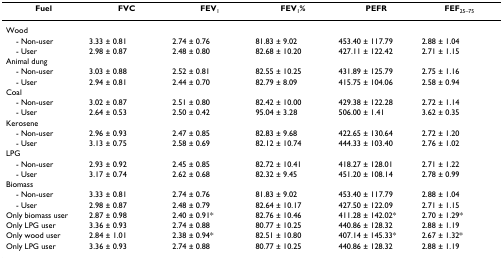
<table><thead><tr><td><b>Fuel</b></td><td><b>FVC</b></td><td><b>FEV<sub>1</sub></b></td><td><b>FEV<sub>1</sub>%</b></td><td><b>PEFR</b></td><td><b>FEF<sub>25–75</sub></b></td></tr></thead><tbody><tr><td>Wood</td><td></td><td></td><td></td><td></td><td></td></tr><tr><td> - Non-user</td><td>3.33 ± 0.81</td><td>2.74 ± 0.76</td><td>81.83 ± 9.02</td><td>453.40 ± 117.79</td><td>2.88 ± 1.04</td></tr><tr><td> - User</td><td>2.98 ± 0.87</td><td>2.48 ± 0.80</td><td>82.68 ± 10.20</td><td>427.11 ± 122.42</td><td>2.71 ± 1.15</td></tr><tr><td>Animal dung</td><td></td><td></td><td></td><td></td><td></td></tr><tr><td> - Non-user</td><td>3.03 ± 0.88</td><td>2.52 ± 0.81</td><td>82.55 ± 10.25</td><td>431.89 ± 125.79</td><td>2.75 ± 1.16</td></tr><tr><td> - User</td><td>2.94 ± 0.81</td><td>2.44 ± 0.70</td><td>82.79 ± 8.09</td><td>415.75 ± 104.06</td><td>2.58 ± 0.94</td></tr><tr><td>Coal</td><td></td><td></td><td></td><td></td><td></td></tr><tr><td> - Non-user</td><td>3.02 ± 0.87</td><td>2.51 ± 0.80</td><td>82.42 ± 10.00</td><td>429.38 ± 122.28</td><td>2.72 ± 1.14</td></tr><tr><td> - User</td><td>2.64 ± 0.53</td><td>2.50 ± 0.42</td><td>95.04 ± 3.28</td><td>506.00 ± 1.41</td><td>3.62 ± 0.35</td></tr><tr><td>Kerosene</td><td></td><td></td><td></td><td></td><td></td></tr><tr><td> - Non-user</td><td>2.96 ± 0.93</td><td>2.47 ± 0.85</td><td>82.83 ± 9.68</td><td>422.65 ± 130.64</td><td>2.72 ± 1.20</td></tr><tr><td> - User</td><td>3.13 ± 0.75</td><td>2.58 ± 0.69</td><td>82.12 ± 10.74</td><td>444.33 ± 103.40</td><td>2.76 ± 1.02</td></tr><tr><td>LPG</td><td></td><td></td><td></td><td></td><td></td></tr><tr><td> - Non-user</td><td>2.93 ± 0.92</td><td>2.45 ± 0.85</td><td>82.72 ± 10.41</td><td>418.27 ± 128.01</td><td>2.71 ± 1.22</td></tr><tr><td> - User</td><td>3.17 ± 0.74</td><td>2.62 ± 0.68</td><td>82.32 ± 9.45</td><td>451.20 ± 108.14</td><td>2.78 ± 0.99</td></tr><tr><td>Biomass</td><td></td><td></td><td></td><td></td><td></td></tr><tr><td> - Non-user</td><td>3.33 ± 0.81</td><td>2.74 ± 0.76</td><td>81.83 ± 9.02</td><td>453.40 ± 117.79</td><td>2.88 ± 1.04</td></tr><tr><td> - User</td><td>2.98 ± 0.87</td><td>2.48 ± 0.79</td><td>82.64 ± 10.17</td><td>427.50 ± 122.09</td><td>2.71 ± 1.15</td></tr><tr><td>Only biomass user</td><td>2.87 ± 0.98</td><td>2.40 ± 0.91*</td><td>82.76 ± 10.46</td><td>411.28 ± 142.02*</td><td>2.70 ± 1.29*</td></tr><tr><td>Only LPG user</td><td>3.36 ± 0.93</td><td>2.74 ± 0.88</td><td>80.77 ± 10.25</td><td>440.86 ± 128.32</td><td>2.88 ± 1.19</td></tr><tr><td>Only wood user</td><td>2.84 ± 1.01</td><td>2.38 ± 0.94*</td><td>82.51 ± 10.80</td><td>407.14 ± 145.33*</td><td>2.67 ± 1.32*</td></tr><tr><td>Only LPG user</td><td>3.36 ± 0.93</td><td>2.74 ± 0.88</td><td>80.77 ± 10.25</td><td>440.86 ± 128.32</td><td>2.88 ± 1.19</td></tr></tbody></table>